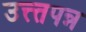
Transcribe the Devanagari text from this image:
उत्त्तपन्न